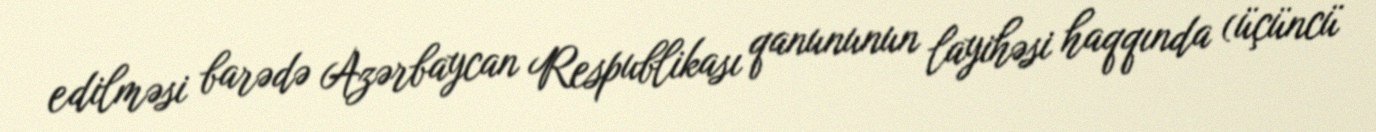
edilməsi barədə Azərbaycan Respublikası qanununun layihəsi haqqında (üçüncü